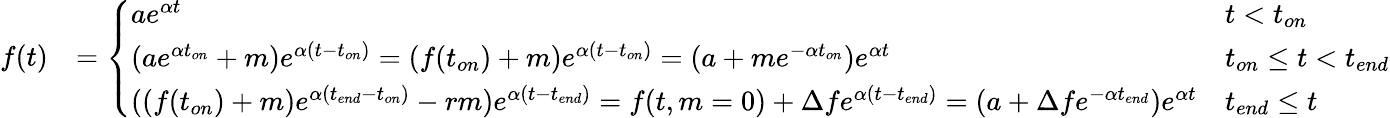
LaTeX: \begin{array}{rl}{f(t)}&{=\left\{ \begin{array}{ll}{ae^{\alpha t}}&{t<t_{on}}\\ {(ae^{\alpha t_{on}}+m)e^{\alpha(t-t_{on})}=(f(t_{on})+m)e^{\alpha(t-t_{on})}=(a+me^{-\alpha t_{on}})e^{\alpha t}}&{t_{on}\leq t<t_{end}}\\ {((f(t_{on})+m)e^{\alpha(t_{end}-t_{on})}-rm)e^{\alpha(t-t_{end})}=f(t,m=0)+\Delta fe^{\alpha(t-t_{end})}=(a+\Delta fe^{-\alpha t_{end}})e^{\alpha t}}&{t_{end}\leq t}\end{array}\right.}\end{array}